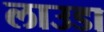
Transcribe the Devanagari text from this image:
लाउडा